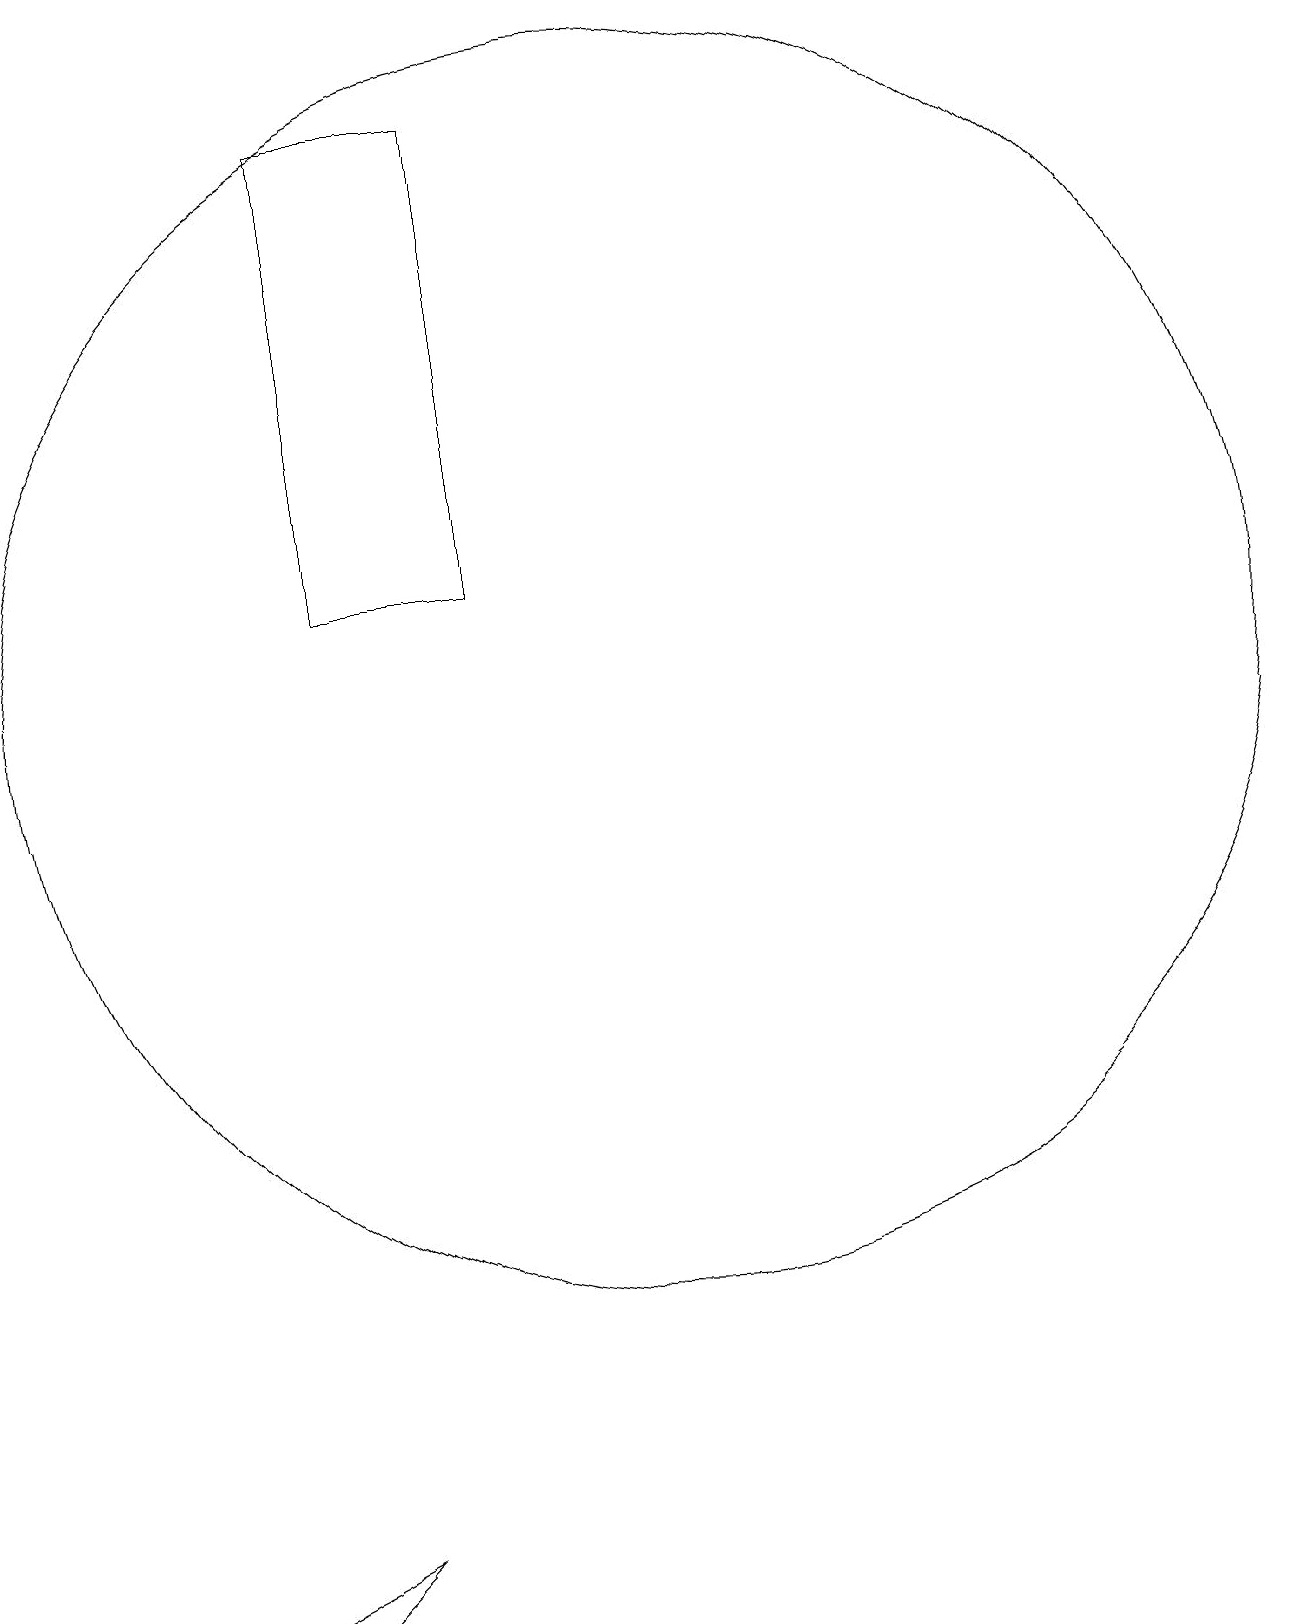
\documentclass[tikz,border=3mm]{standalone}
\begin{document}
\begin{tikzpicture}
\draw (5,0) -- (7,1) -- (6,0) -- cycle;
\draw (7,19) rectangle (9,13);
\draw (10,10) circle (0);
\draw (11,12) circle (8);
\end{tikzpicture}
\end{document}